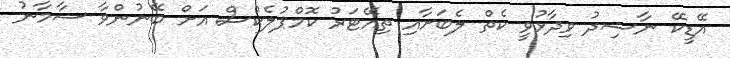
އޭޑީކޭ ނާޝިދު ވިދާޅުވީ ކެތް ލެބަށާއި ތިއޭޓަރު ކޮމްޕުލެކްސް އަށް ބޭނުންވާ ސާމާނު